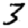
Digit: 3